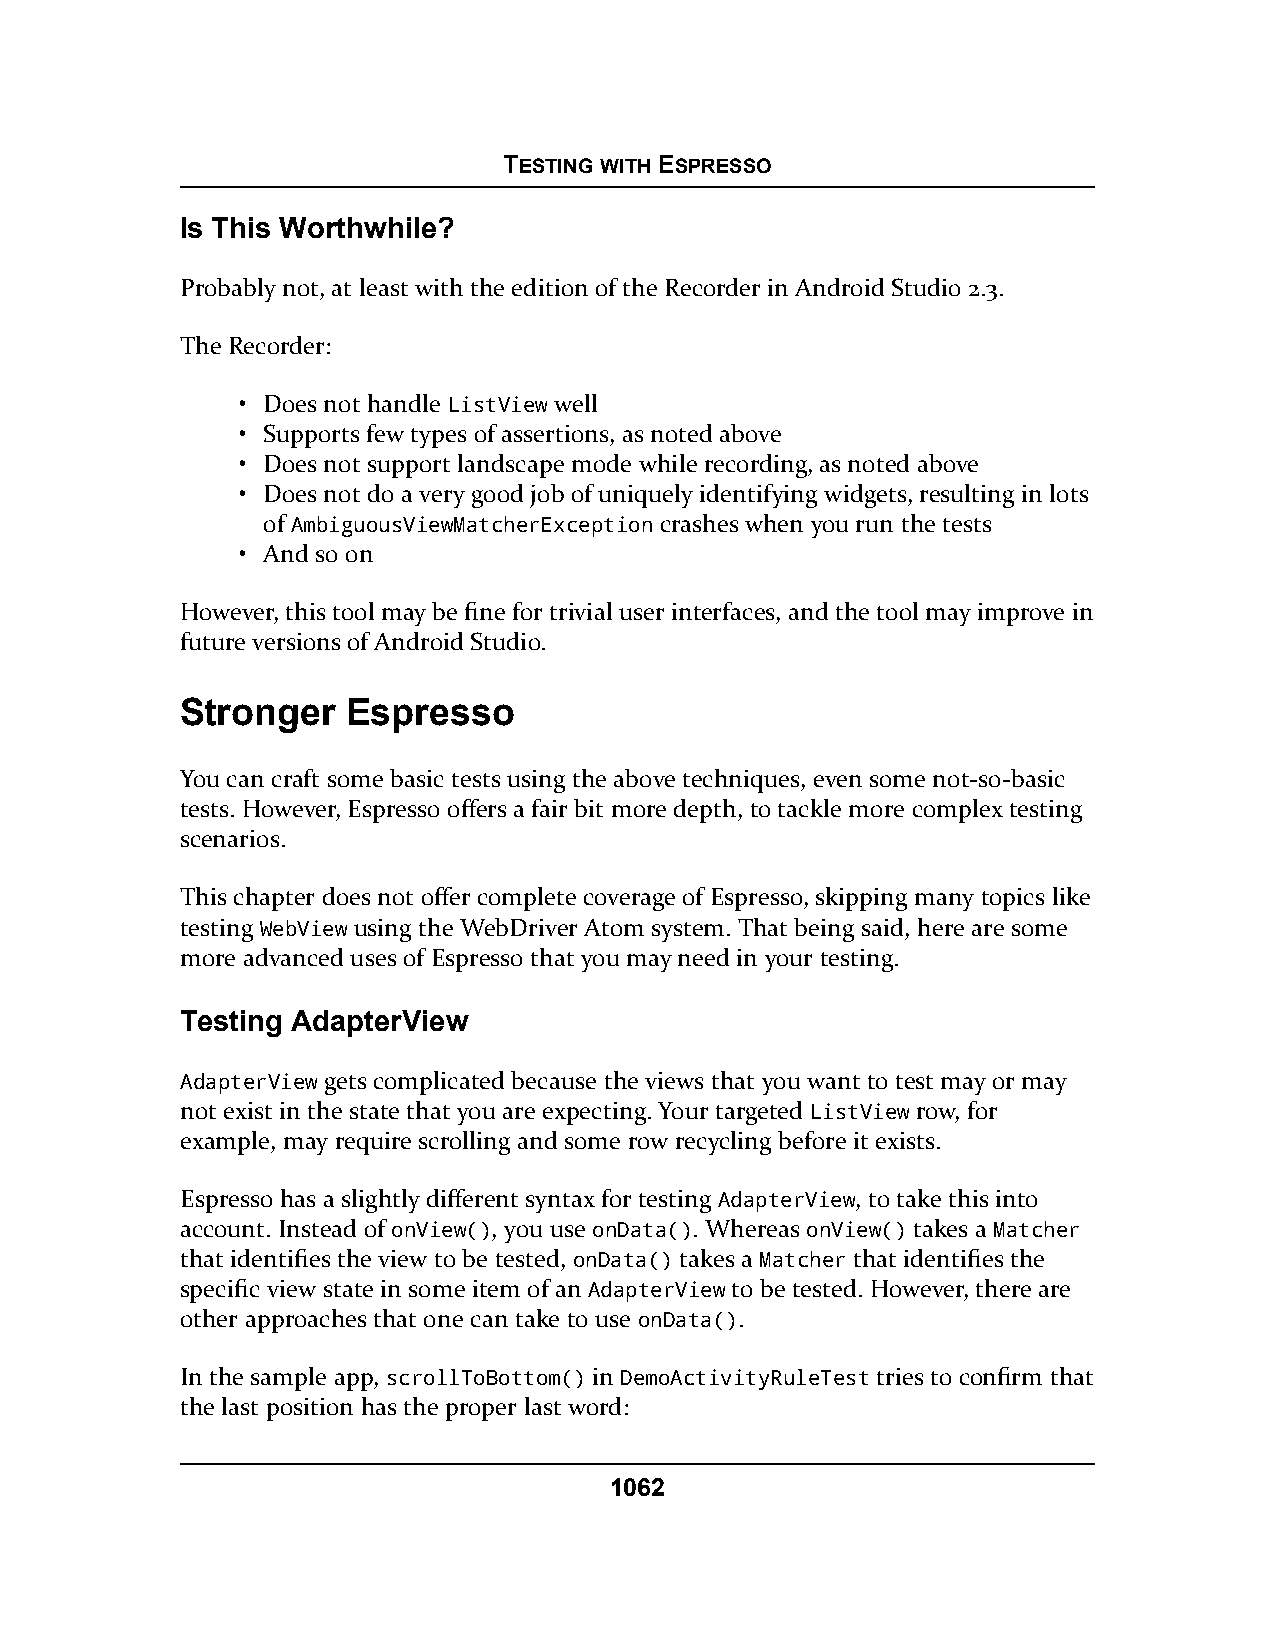
TESTING WITH ESPRESSO
 Is This Worthwhile?
 Probably not, at least with the edition of the Recorder in Android Studio 2.3.
 The Recorder:
 • Does not handle ListView well
 • Supports few types of assertions, as noted above
 • Does not support landscape mode while recording, as noted above
 • Does not do a very good job of uniquely identifying widgets, resulting in lots
 of AmbiguousViewMatcherException crashes when you run the tests
 • And so on
 However, this tool may be fine for trivial user interfaces, and the tool may improve in
 future versions of Android Studio.
 Stronger   Espresso
 You can craft some basic tests using the above techniques, even some not-so-basic
 tests. However, Espresso offers a fair bit more depth, to tackle more complex testing
 scenarios.
 This chapter does not offer complete coverage of Espresso, skipping many topics like
 testing WebView using the WebDriver Atom system. That being said, here are some
 more advanced uses of Espresso that you may need in your testing.
 Testing AdapterView
 AdapterView gets complicated because the views that you want to test may or may
 not exist in the state that you are expecting. Your targeted ListView row, for
 example, may require scrolling and some row recycling before it exists.
 Espresso has a slightly different syntax for testing AdapterView, to take this into
 account. Instead of onView(), you use onData(). Whereas onView() takes a Matcher
 that identifies the view to be tested, onData() takes a Matcher that identifies the
 specific view state in some item of an AdapterView to be tested. However, there are
 other approaches that one can take to use onData().
 In the sample app, scrollToBottom() in DemoActivityRuleTest tries to confirm that
 the last position has the proper last word:
 1062